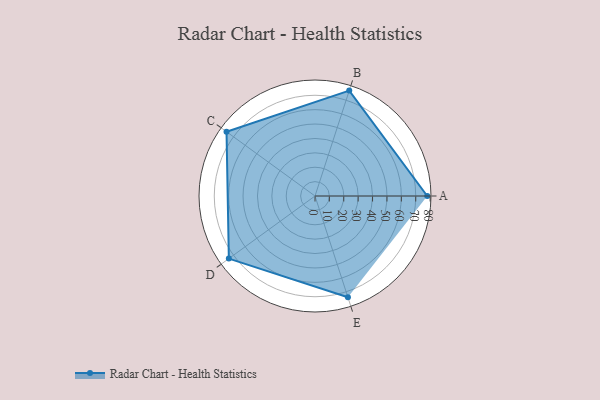
{"axis": {"x": "Skill", "y": "Score"}, "legend": ["Profile"], "data": [{"x": "A", "y": 78.0, "type": "Profile"}, {"x": "B", "y": 77.0, "type": "Profile"}, {"x": "C", "y": 76.0, "type": "Profile"}, {"x": "D", "y": 74.0, "type": "Profile"}, {"x": "E", "y": 74.0, "type": "Profile"}]}